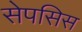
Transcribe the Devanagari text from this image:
सेपसिस